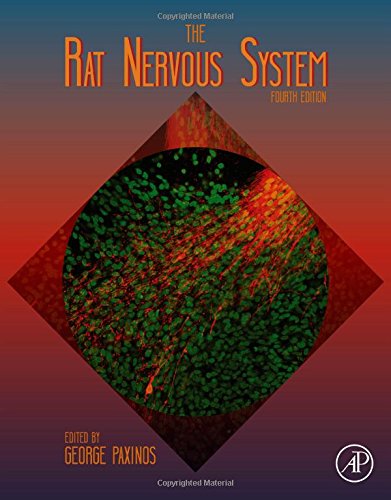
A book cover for The Rat Nervous System, Fourth Edition; Medical Books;